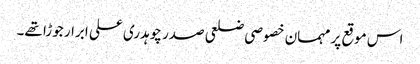
اس موقع پر مہمان خصوصی ضلعی صدر چوہدری علی ابرار جوڑا تھے۔